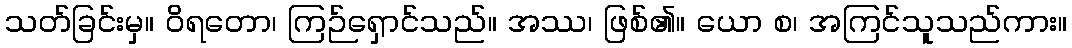
သတ်ခြင်းမှ။ ဝိရတော၊ ကြဉ်ရှောင်သည်။ အဿ၊ ဖြစ်၏။ ယော စ၊ အကြင်သူသည်ကား။